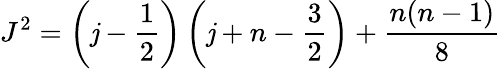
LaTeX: J^{2}=\left(\mathit{j}-\frac{{1}}{{2}}\right)\left(\mathit{j}+n-\frac{{3}}{{2}}\right)+\frac{{n(n-1)}}{{8}}